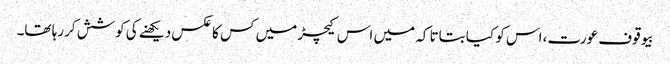
بیوقوف عورت، اس کو کیا بتاتا کہ میں اس کیچڑ میں کس کا عکس دیکھنے کی کوشش کررہا تھا۔